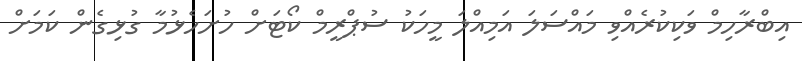
އިބްރާހިމް ވަކިކުރެއްވި މައްސަލަ އަމިއްލަ މީހަކު ސުޕްރީމް ކޯޓަށް ހުށަހެޅުމާ ގުޅިގެން ކަމަށް